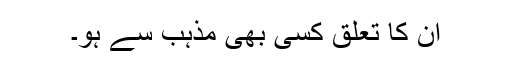
ان کا تعلق کسی بھی مذہب سے ہو۔